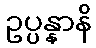
ဥပ္ပန္နာနိ